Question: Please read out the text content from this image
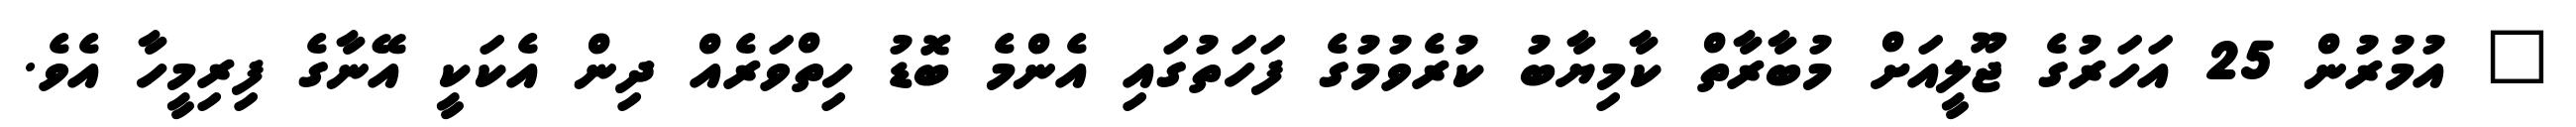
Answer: " އުމުރުން 25 އަހަރުގެ ޖޫލީއަށް މުބާރާތް ކާމިޔާބު ކުރެވުމުގެ ފަހަތުގައި އެންމެ ބޮޑު ހިތްވަރެއް ދިން އެކަކީ އޭނާގެ ފިރިމީހާ އެވެ.